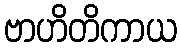
ဗာဟိတိကာယ